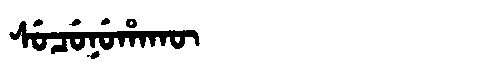
Manchu: ᠰᡠᠴᡠᠨᡠᡥᠠᡴᡡ
Romanization: SUCUNUHAKŪ